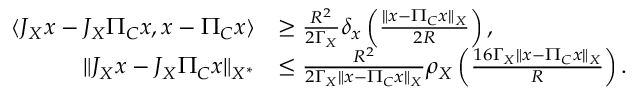
\begin{array} { r l } { \langle J _ { X } x - J _ { X } \Pi _ { C } x , x - \Pi _ { C } x \rangle } & { \geq \frac { R ^ { 2 } } { 2 \Gamma _ { X } } \delta _ { x } \left( \frac { \| x - \Pi _ { C } x \| _ { X } } { 2 R } \right) , } \\ { \| J _ { X } x - J _ { X } \Pi _ { C } x \| _ { X ^ { * } } } & { \leq \frac { R ^ { 2 } } { 2 \Gamma _ { X } \| x - \Pi _ { C } x \| _ { X } } \rho _ { X } \left( \frac { 1 6 \Gamma _ { X } \| x - \Pi _ { C } x \| _ { X } } { R } \right) . } \end{array}